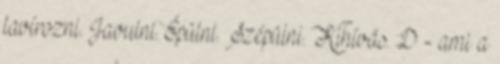
lavírozni. Javulni. Épülni. Szépülni. Kihívás. :D - ami a